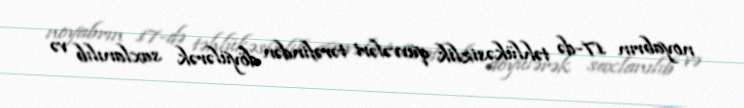
noyabrın 17-də təhlükəsizlik qüvvələri tərəfindən döyülərək saxlanılıb və